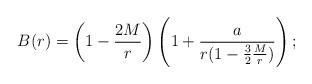
LaTeX: \begin{align*}B(r) = \left(1-{2M\over r}\right)\left(1+{a\over r(1-{3\over2}{M\over r})}\right);\end{align*}